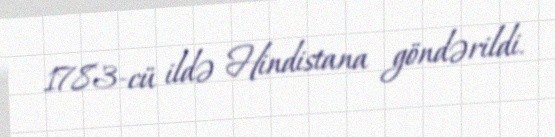
1783-cü ildə Hindistana göndərildi.